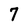
Character: 7